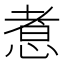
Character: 𢝬